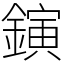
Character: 鏔